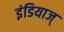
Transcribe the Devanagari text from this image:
इंडियाज्